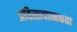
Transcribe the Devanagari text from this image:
प्रतिसादात्मकता